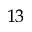
^ { 1 3 }